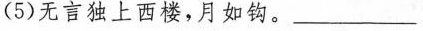
(5)无言独上西楼，月如钩。____